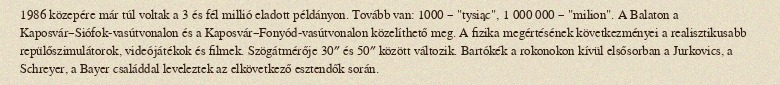
1986 közepére már túl voltak a 3 és fél millió eladott példányon. Tovább van: 1000 – "tysiąc", 1 000 000 – "milion". A Balaton a Kaposvár–Siófok-vasútvonalon és a Kaposvár–Fonyód-vasútvonalon közelíthető meg. A fizika megértésének következményei a realisztikusabb repülőszimulátorok, videójátékok és filmek. Szögátmérője 30″ és 50″ között változik. Bartókék a rokonokon kívül elsősorban a Jurkovics, a Schreyer, a Bayer családdal leveleztek az elkövetkező esztendők során.